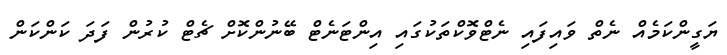
ޔަގީންކަމެއް ނެތް ވައިފައި ނެޓްވޮކްތަކުގައި އިންޓަނެޓް ބޭނުންކޮށް ޗެޓް ކުރުން ފަދަ ކަންކަން